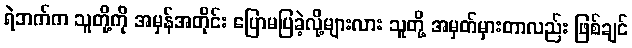
ရဲဘက်က သူတို့ကို အမှန်အတိုင်း ပြောမပြခဲ့လို့များလား သူတို့ အမှတ်မှားတာလည်း ဖြစ်ချင်